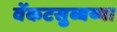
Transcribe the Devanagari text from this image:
वेंकटसुब्बय्या